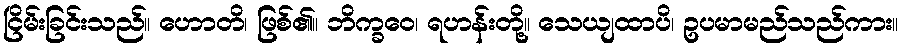
ငြိမ်းခြင်းသည်။ ဟောတိ၊ ဖြစ်၏။ ဘိက္ခဝေ၊ ရဟန်းတို့။ သေယျထာပိ၊ ဥပမာမည်သည်ကား။